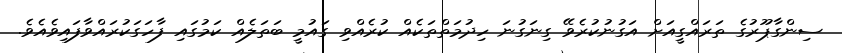
ސިންގާޕޫރުގެ ތަރައްގީއަށް އަގުނުކުރެވޭ ގިނަގުނަ ހިދުމަތްތަކެއް ކުރެއްވި ގައުމީ ބަތަލެއް ކަމުގައި ފާހަގަކުރައްވާފައިވެއެވެ.